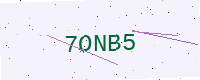
Text: 7ONB5